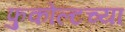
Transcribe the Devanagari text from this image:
फुकोल्टच्या